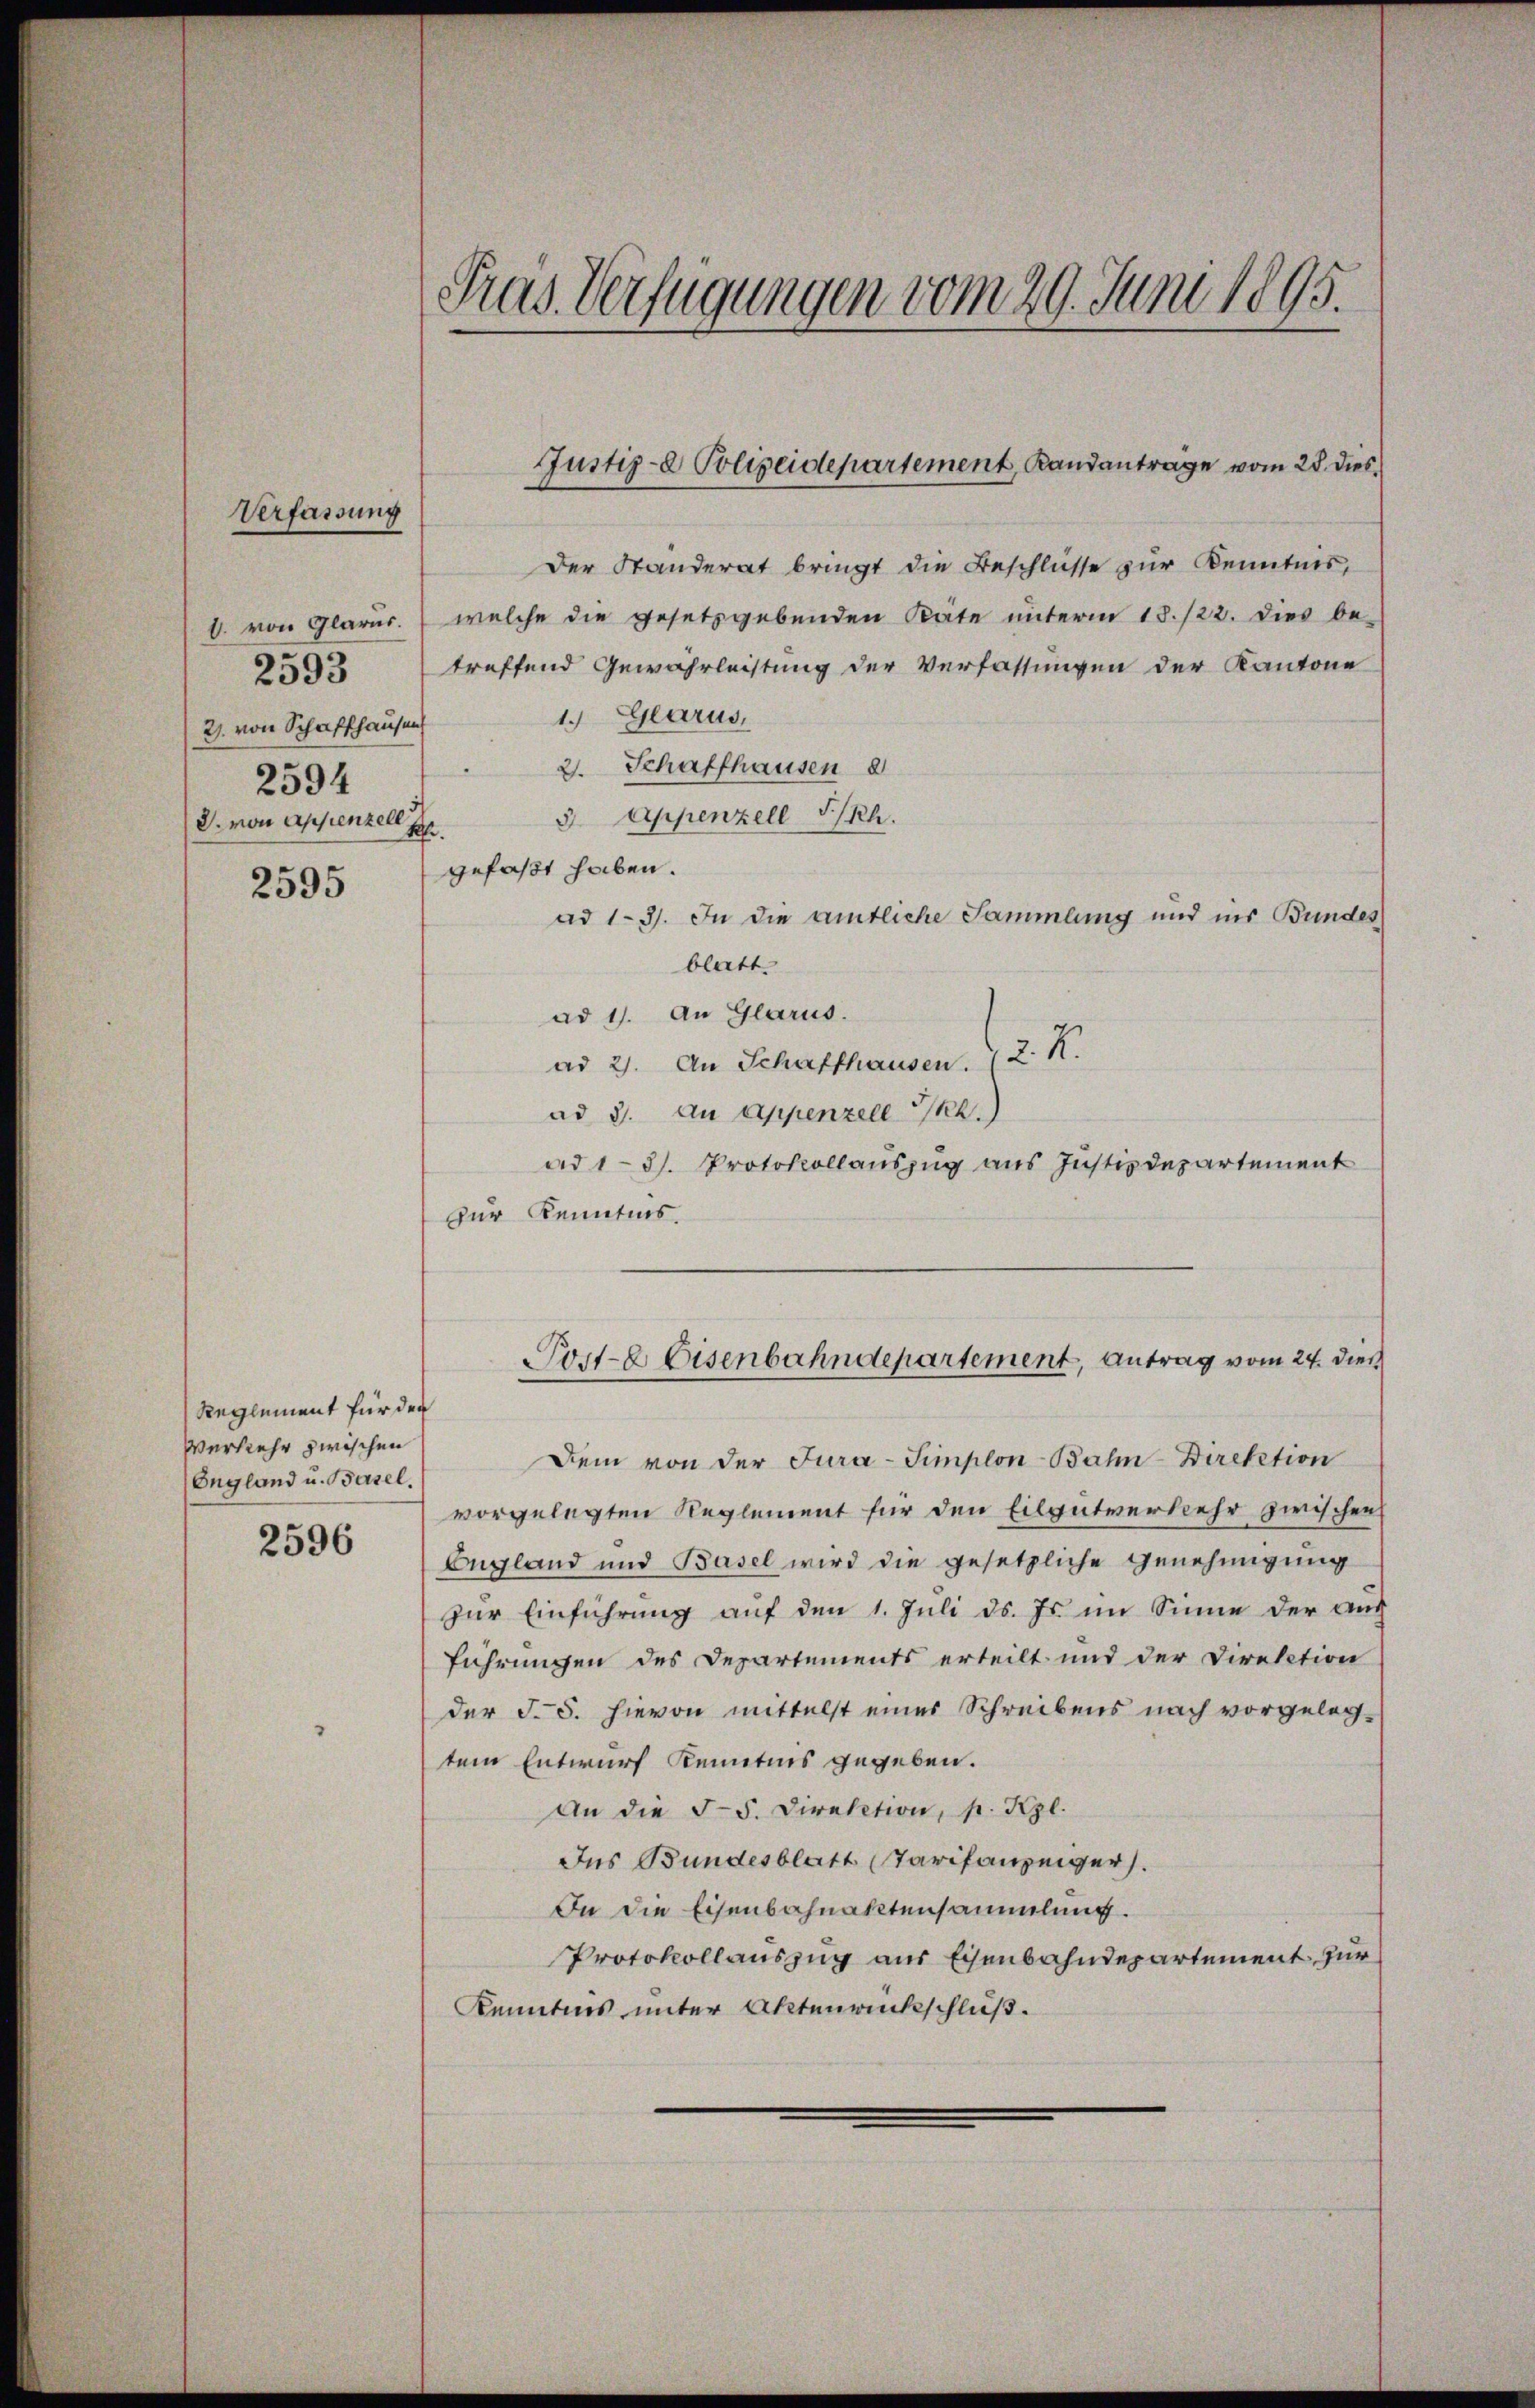
Verfassung
1. von Glarus.
2593
2). von Schaffhausen
2594
2. von Appenzell I.

2595

Reglement für der
Verkehr zwischen
England u. Basel.

2596

Pras Verfügungen vom 29. Juni 1895.

Der Standerat bringt die Beschlüsse zur Kenntnis,
welche die gesetzgebenden Räte unterm 18./22. Dies be-
treffend Gewahrleistung der Verfassungen der Kantone
1. Glarus,
2. Schaffhausen 8
3. Appenzell I/Rh.
gefaßt haben.
ad 1-3). In die amtliche Sammlung und ins Bundes
blatt.
ad 1. An Glarus.
ad 2. An Schaffhausen. (2. K.
ad 3. An Appenzell 2.)
ad 1-3/. Protokollauszug aus Justizdepartement
zur Kenntnis.
Post-E Eisenbahndepartement, Antrag vom 24. dies
Dem von der Jura-Simplon-Bahn-Direktion
vorgelegten Reglement für den Eilgutverkehr zwischen
Begland und Basel wird die gesetzliche Genehmigung
zur Einführung auf den 1. Juli d. Js. im Sinne der auch
führungen des Departements erteilt und der Direktion
der §. 5. hievon mittelst eines Schreibens nach vorgelegtem Entwurf Kenntnis gegeben.
An die 55. Direktion, p. Kgl.
Ins Bundesblatt Tarifanzeiger.
In die Eisenbahnaktensammlung.
Protokollauszug aus Eisenbahndepartement für
Kenntnis unter Aktenrückschluß.

Justiz- Polizeidepartement, Randantrage vom 28. dies